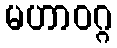
မဟာဝဂ္ဂ